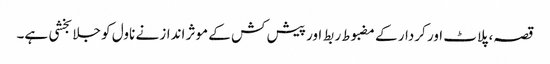
قصہ، پلاٹ اور کردار کے مضبوط ربط اور پیش کش کے موثر انداز نے ناول کو جلا بخشی ہے۔